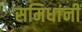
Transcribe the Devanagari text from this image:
समिधांनीं